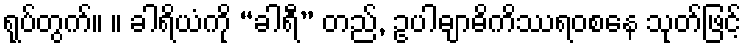
ရုပ်တွက်။ ။ ခါရိယံကို “ခါရီ” တည်, ဥပါဓျာဓိကိဿရဝစနေ သုတ်ဖြင့်